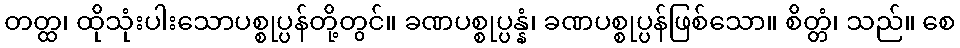
တတ္ထ၊ ထိုသုံးပါးသောပစ္စုပ္ပန်တို့တွင်။ ခဏပစ္စုပ္ပန္နံ၊ ခဏပစ္စုပ္ပန်ဖြစ်သော။ စိတ္တံ၊ သည်။ စေ